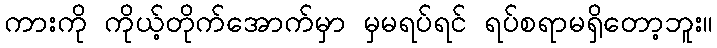
ကားကို ကိုယ့်တိုက်အောက်မှာ မှမရပ်ရင် ရပ်စရာမရှိတော့ဘူး။